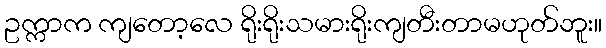
ဥက္ကာက ကျတော့လေ ရိုးရိုးသမားရိုးကျတီးတာမဟုတ်ဘူး။